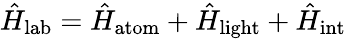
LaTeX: \hat{H}_{\mathrm{lab}}=\hat{H}_{{\mathrm{atom}}}+\hat{H}_{{\mathrm{light}}}+\hat{H}_{{\mathrm{int}}}